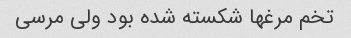
تخم مرغها شکسته شده بود ولی مرسی